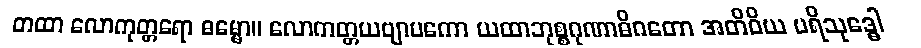
တထာ လောကုတ္တရော ဓမ္မော။ လောကတ္တယဗျာပကော ယထာဘုစ္စဂုဏာဓိဂတော အတိဝိယ ပရိသုဒ္ဓေါ